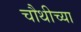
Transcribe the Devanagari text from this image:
चौथीच्या